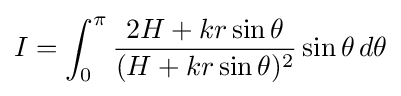
I=\int _{0}^{\pi }{2H+kr\sin \theta  \over (H+kr\sin \theta )^{2}}\sin \theta \,d\theta